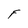
Character: F